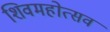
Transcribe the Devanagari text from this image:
शिवमहोत्सव